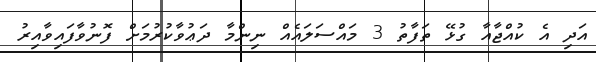
އަދި އެ ކުއްޖާއާ ގުޅޭ ތަފާތު 3 މައްސަލައެއް ނިންމާ ދަޢުވާކުރުމަށް ފޮނުވާފައިވާއިރު